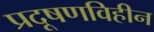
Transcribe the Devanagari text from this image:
प्रदूषणविहीन